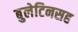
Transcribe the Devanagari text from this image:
बुलेटिनसह